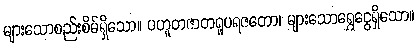
များသောစည်းစိမ်ရှိသော။ ပဟူတဇာတရူပရဇတော၊ များသောရွှေငွေရှိသော။